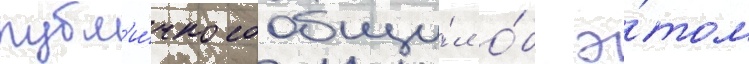
публ'и́чно сообщи́л о́б э́том